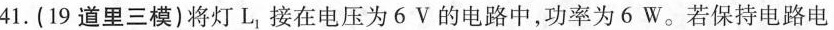
41.(19道里三模)将灯L接在电压为6V的电路中，功率为6W。若保持电路电